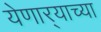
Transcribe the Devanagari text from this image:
येणार्‍याच्या